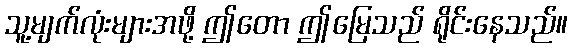
သူ့မျက်လုံးများအဖို့ ဤတော ဤမြေသည် ရိုင်းနေသည်။